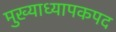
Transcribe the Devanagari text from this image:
मुख्याध्यापकपद